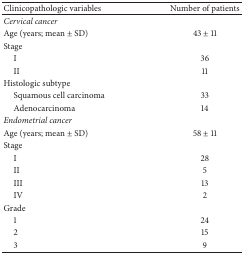
| Clinicopathologic variables | Number of patients |
 | --- | --- |
 | Cervical cancer |  |
 | Age (years; mean ± SD) | 43 ± 11 |
 | Stage |  |
 | I | 36 |
 | II | 11 |
 | Histologic subtype |  |
 | Squamous cell carcinoma | 33 |
 | Adenocarcinoma | 14 |
 | Endometrial cancer |  |
 | Age (years; mean ± SD) | 58 ± 11 |
 | Stage |  |
 | I | 28 |
 | II | 5 |
 | III | 13 |
 | IV | 2 |
 | Grade |  |
 | 1 | 24 |
 | 2 | 15 |
 | 3 | 9 |